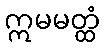
ဣမမတ္ထံ